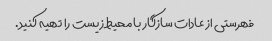
فهرستی از عادات سازگار با محیط زیست را تهیه کنید.